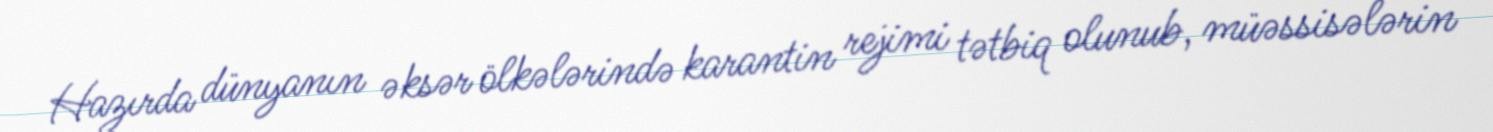
Hazırda dünyanın əksər ölkələrində karantin rejimi tətbiq olunub, müəssisələrin